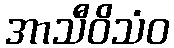
အာသီဝိသံဝ